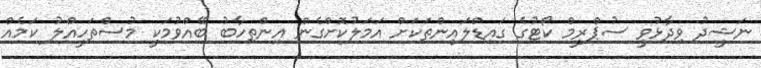
ނަޝީދު ވިދާޅުވީ ސުޕްރީމް ކޯޓުގެ ގައިޑްލައިންތަކަށް އަމަލުކޮށްގެން އިންތިހާބު ބޭއްވުމަކީ މުސްތަހީއްލު ކަމެއް